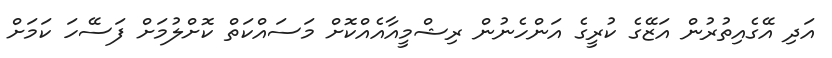
އަދި އޭގެއިތުރުން އަޒޭގެ ކުރީގެ އަންހެނުން ރިޝްމީއާއެއްކޮށް މަސައްކަތް ކޮށްލުމަށް ފަސޭހަ ކަމަށް